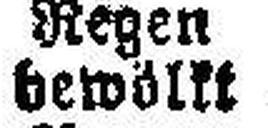
bewöllt